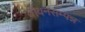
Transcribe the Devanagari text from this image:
यौवनसम्पन्न